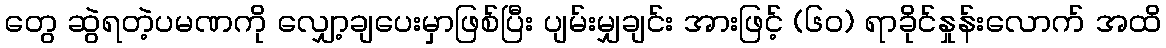
တွေ ဆွဲရတဲ့ပမဏကို လျှော့ချပေးမှာဖြစ်ပြီး ပျမ်းမျှချင်း အားဖြင့် (၆၀) ရာခိုင်နှုန်းလောက် အထိ